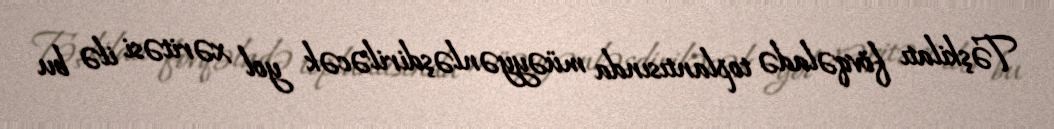
Təşkilatı fövqəladə toplantısında müəyyənləşdiriləcək yol xəritəsi ilə bu